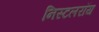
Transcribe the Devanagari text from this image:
निस्टलरॉय